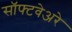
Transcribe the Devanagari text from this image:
सॉफ्टवेअरे